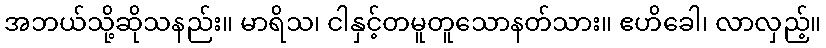
အဘယ်သို့ဆိုသနည်း။ မာရိသ၊ ငါနှင့်တမူတူသောနတ်သား။ ဧဟိခေါ၊ လာလှည့်။